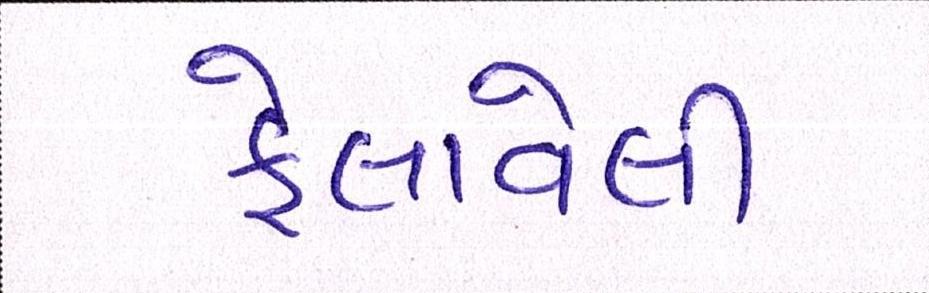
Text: ફેલાવેલી